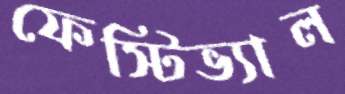
ফেস্টিভ্যাল